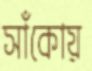
সাঁকোয়